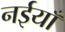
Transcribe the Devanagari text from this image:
नईयाँ